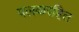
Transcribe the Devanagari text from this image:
पलकरहित